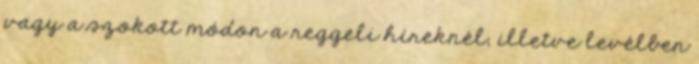
vagy a szokott módon a reggeli híreknél, illetve levélben